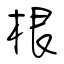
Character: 根